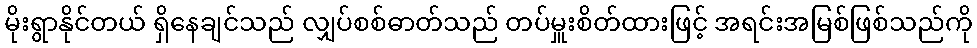
မိုးရွာနိုင်တယ် ရှိနေချင်သည် လျှပ်စစ်ဓာတ်သည် တပ်မှူးစိတ်ထားဖြင့် အရင်းအမြစ်ဖြစ်သည်ကို